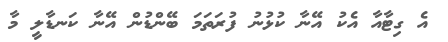
އެ ގިޓާއާ އެކު އޭނާ ކުޅުނު ފުރަތަމަ ބޭންޑުން އޭނާ ކަނޑާލީ މާ